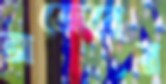
অজেরের